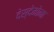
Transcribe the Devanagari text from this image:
देस्देमोना